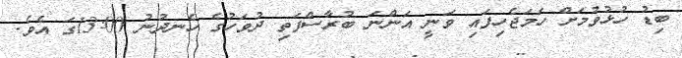
ބިޑު ހުޅުވުމަށް ހަމަޖެހިފައި ވަނީ އަންނަ ބުރާސްފަތި ދުވަހުގެ ހެނދުނު 13:00ގަ އެވެ.